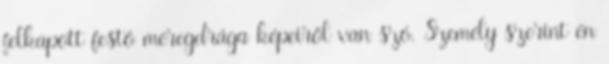
felkapott festő méregdrága képeiről van szó. Személy szerint én